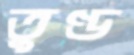
তুণ্ড